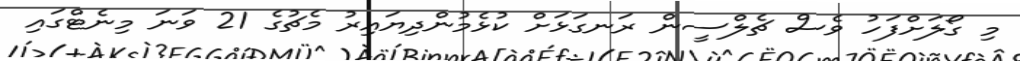
މި ގޯލަށްފަހު ވެސް ޗެލްސީން ރަނގަޅަށް ކުޅެމުންދިޔައިރު މެޗުގެ 21 ވަނަ މިނެޓްގައި